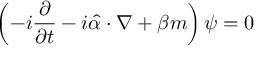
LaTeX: \left( - i { \frac { \partial } { \partial t } } - i { \hat { \alpha } } \cdot \nabla + \beta m \right) \psi = 0